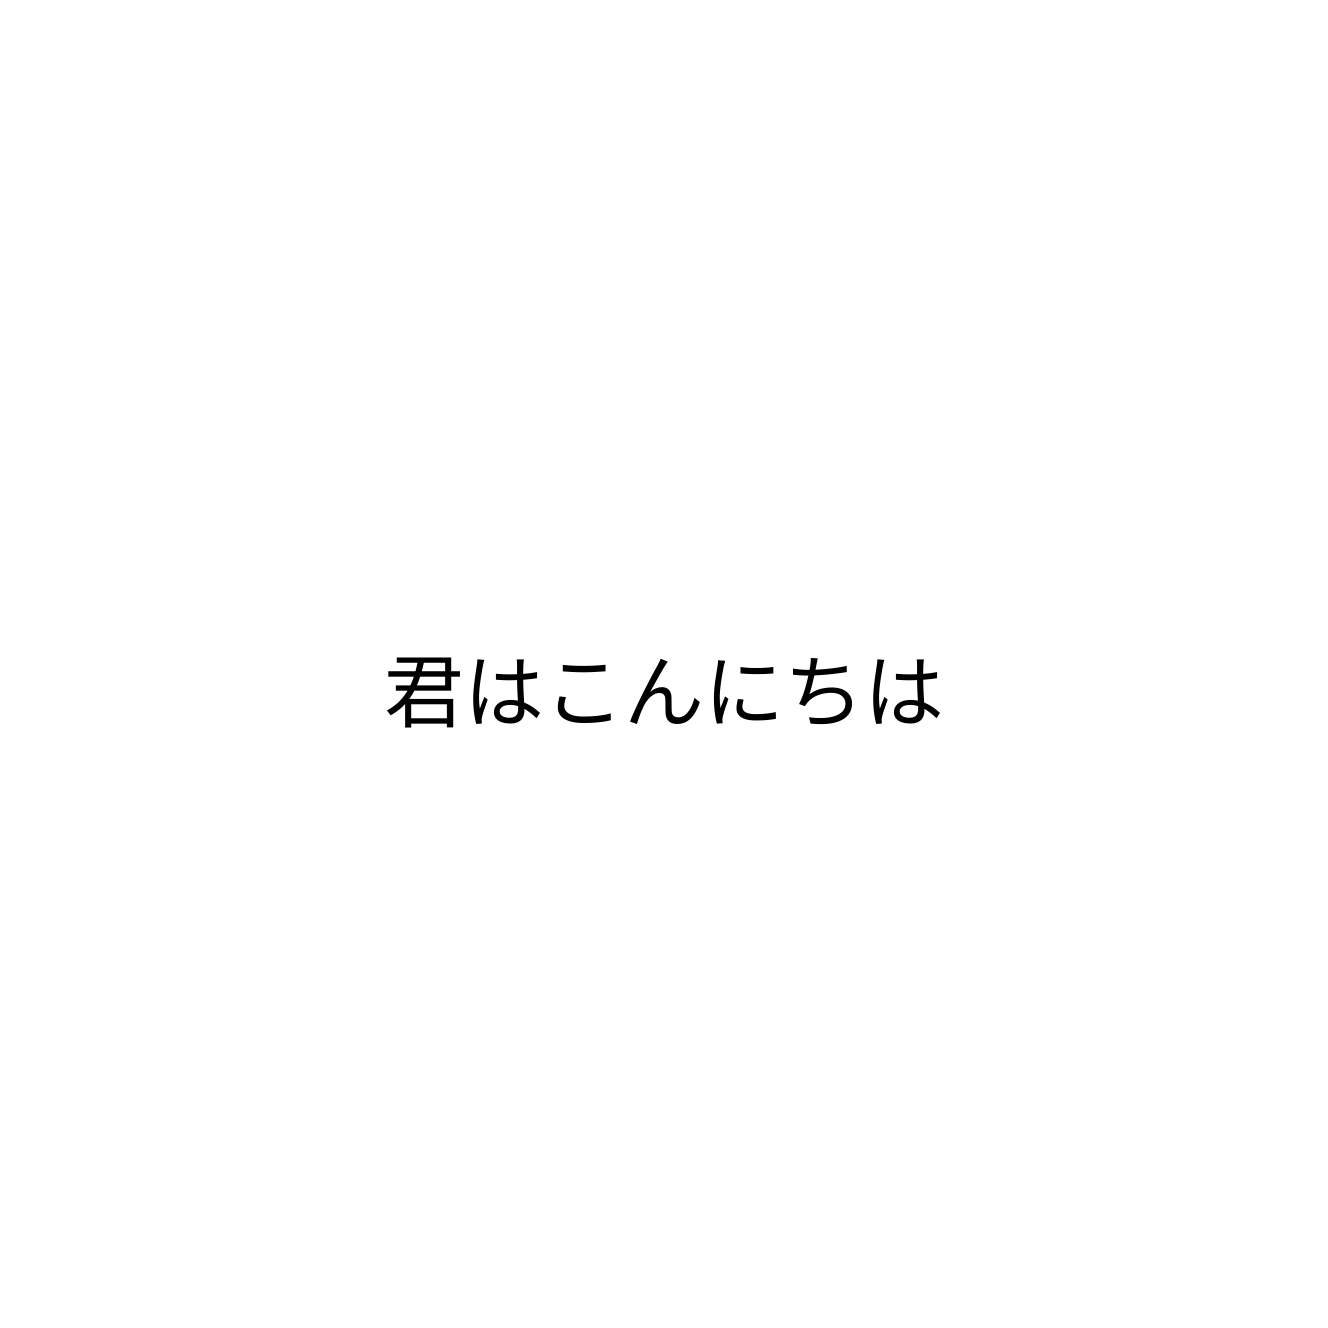
君はこんにちは